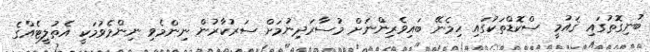
ބުނިގޮތުގައި ޤައުމީ ސްކޮޑްތަކުގައި ހިމެނޭ ބައިވެރިންނަށް މުސާރަދިނުމަށް ސަރުކާރުން ނިންމެވި ނިންމެވުމަކީ އެތުލީޓެއްގެ